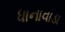
ધાનાવાડા